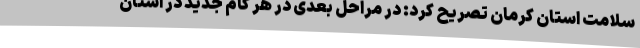
سلامت استان کرمان تصریح کرد: در مراحل بعدی در هر گام جدید در استان